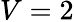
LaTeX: V=2